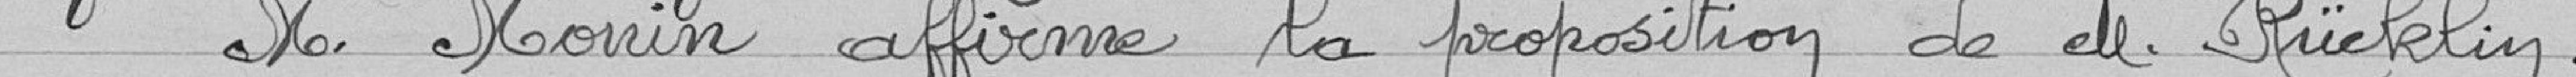
Monsieur Monin affirme la proposition de Monsieur Rücklin.